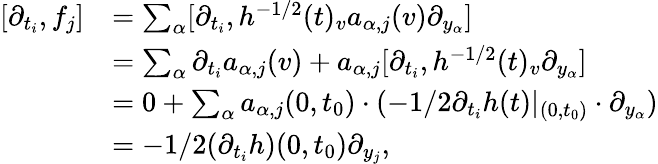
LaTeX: \begin{array}{rl}{[\partial_{t_{i}},f_{j}]}&{=\sum_{\alpha}[\partial_{t_{i}},h^{-1/2}(t)_{v}a_{\alpha,j}(v)\partial_{y_{\alpha}}]}\\ &{=\sum_{\alpha}\partial_{t_{i}}a_{\alpha,j}(v)+a_{\alpha,j}[\partial_{t_{i}},h^{-1/2}(t)_{v}\partial_{y_{\alpha}}]}\\ &{=0+\sum_{\alpha}a_{\alpha,j}(0,t_{0})\cdot(-1/2\partial_{t_{i}}h(t)|_{(0,t_{0})}\cdot\partial_{y_{\alpha}})}\\ &{=-1/2(\partial_{t_{i}}h)(0,t_{0})\partial_{y_{j}},}\end{array}